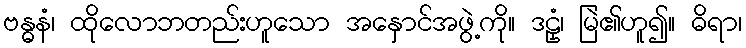
ဗန္ဓနံ၊ ထိုလောဘတည်းဟူသော အနှောင်အဖွဲ့ကို။ ဒဠှံ၊ မြဲ၏ဟူ၍။ ဓိရာ၊